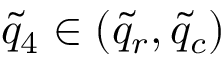
\tilde { q } _ { 4 } \in ( \tilde { q } _ { r } , \tilde { q } _ { c } )